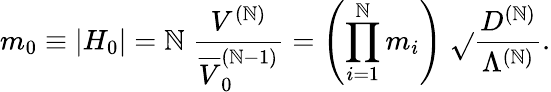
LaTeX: m_{0}\equiv\left|H_{0}\right|=\mathbb{N}\; \frac{{V^{(\mathbb{N})}}}{{\overline{{{{V}}}}_{0}^{(\mathbb{N}-1)}}}=\left(\prod_{i=1}^{\mathbb{N}}m_{i}\right)\; \sqrt{}{{\frac{{D^{(\mathbb{N})}}}{{\Lambda^{(\mathbb{N})}}}}}.